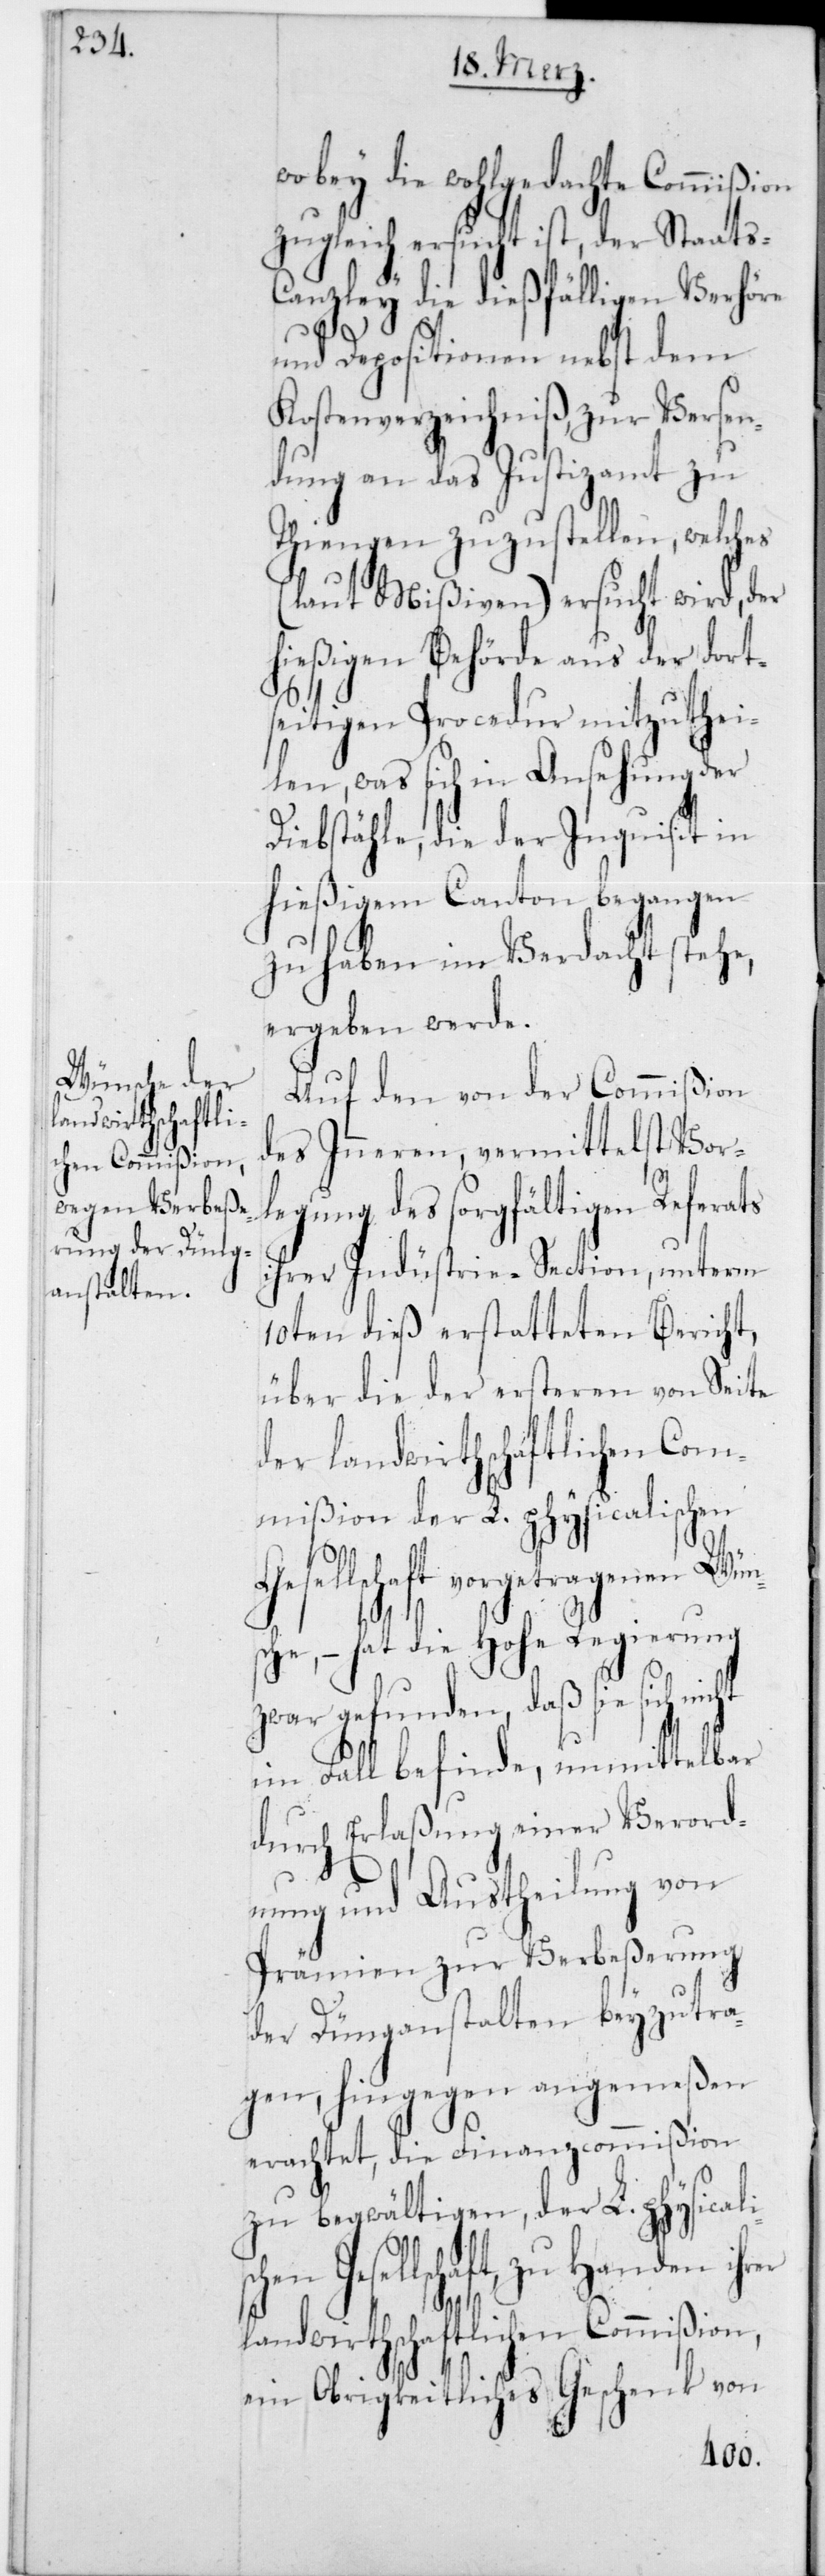
ischen

wobey die wohlgedachte Commißion
zugleich ersucht ist, der Staats-C¬
anzley die dießfälligen Verhöre
und Depositionen nebst dem
Kostenverzeichniß, zur Versen¬
dung an das Justizamt zu
Thiengen zuzustellen, welches
(laut Mißiven) ersucht wird, der
hießigen Behörde aus der dorts¬
eitigen Procedur mitzuthei¬
len, was sich in Ansehung der
Diebstähle, die der Inquisit in
hießigem Canton begangen
zu haben im Verdacht stehe,
ergeben werde.
Auf den von der Commißion
des Innern, vermittelst Vor¬
legung des sorgfältigen Referats
ihrer Indüstrie-Section, unterm
10ten dieß erstatteten Bericht,
über die der ersteren von Seite
der landwirthschaftlichen Com¬
mißion der L. physicalischen
Gesellschaft vorgetragenen Wüns¬
che, – hat die Hohe Regierung
zwar gefunden, daß sie sich
im Fall befinde, unmittelbar
durch Erlaßung einer Verord¬
nung und Austheilung von
Prämien zur Verbeßerung
der Dünganstalten beyzutra¬
gen, hingegen angemeßen
erachtet, die Finanzcommißion
zu begwältigen, der L. physical¬
Gesellschaft, zu Handen
landwirthschaftlichen Commißion,
ein Obrigkeitliches Geschenk von